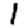
Digit: 1